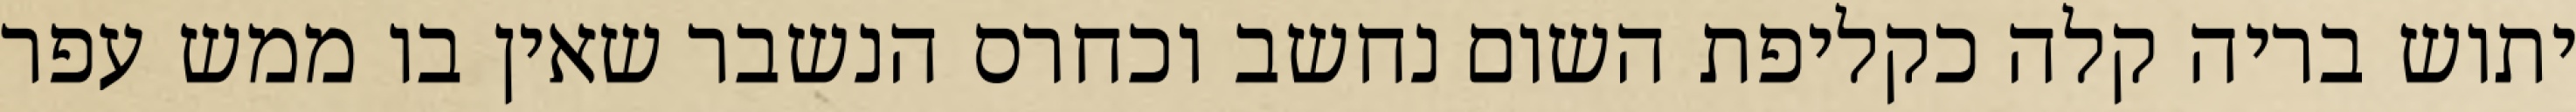
יתוש בריה קלה כקליפת השום נחשב וכחרס הנשבר שאין בו ממש עפר